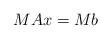
LaTeX: \begin{align*}MAx=Mb \end{align*}